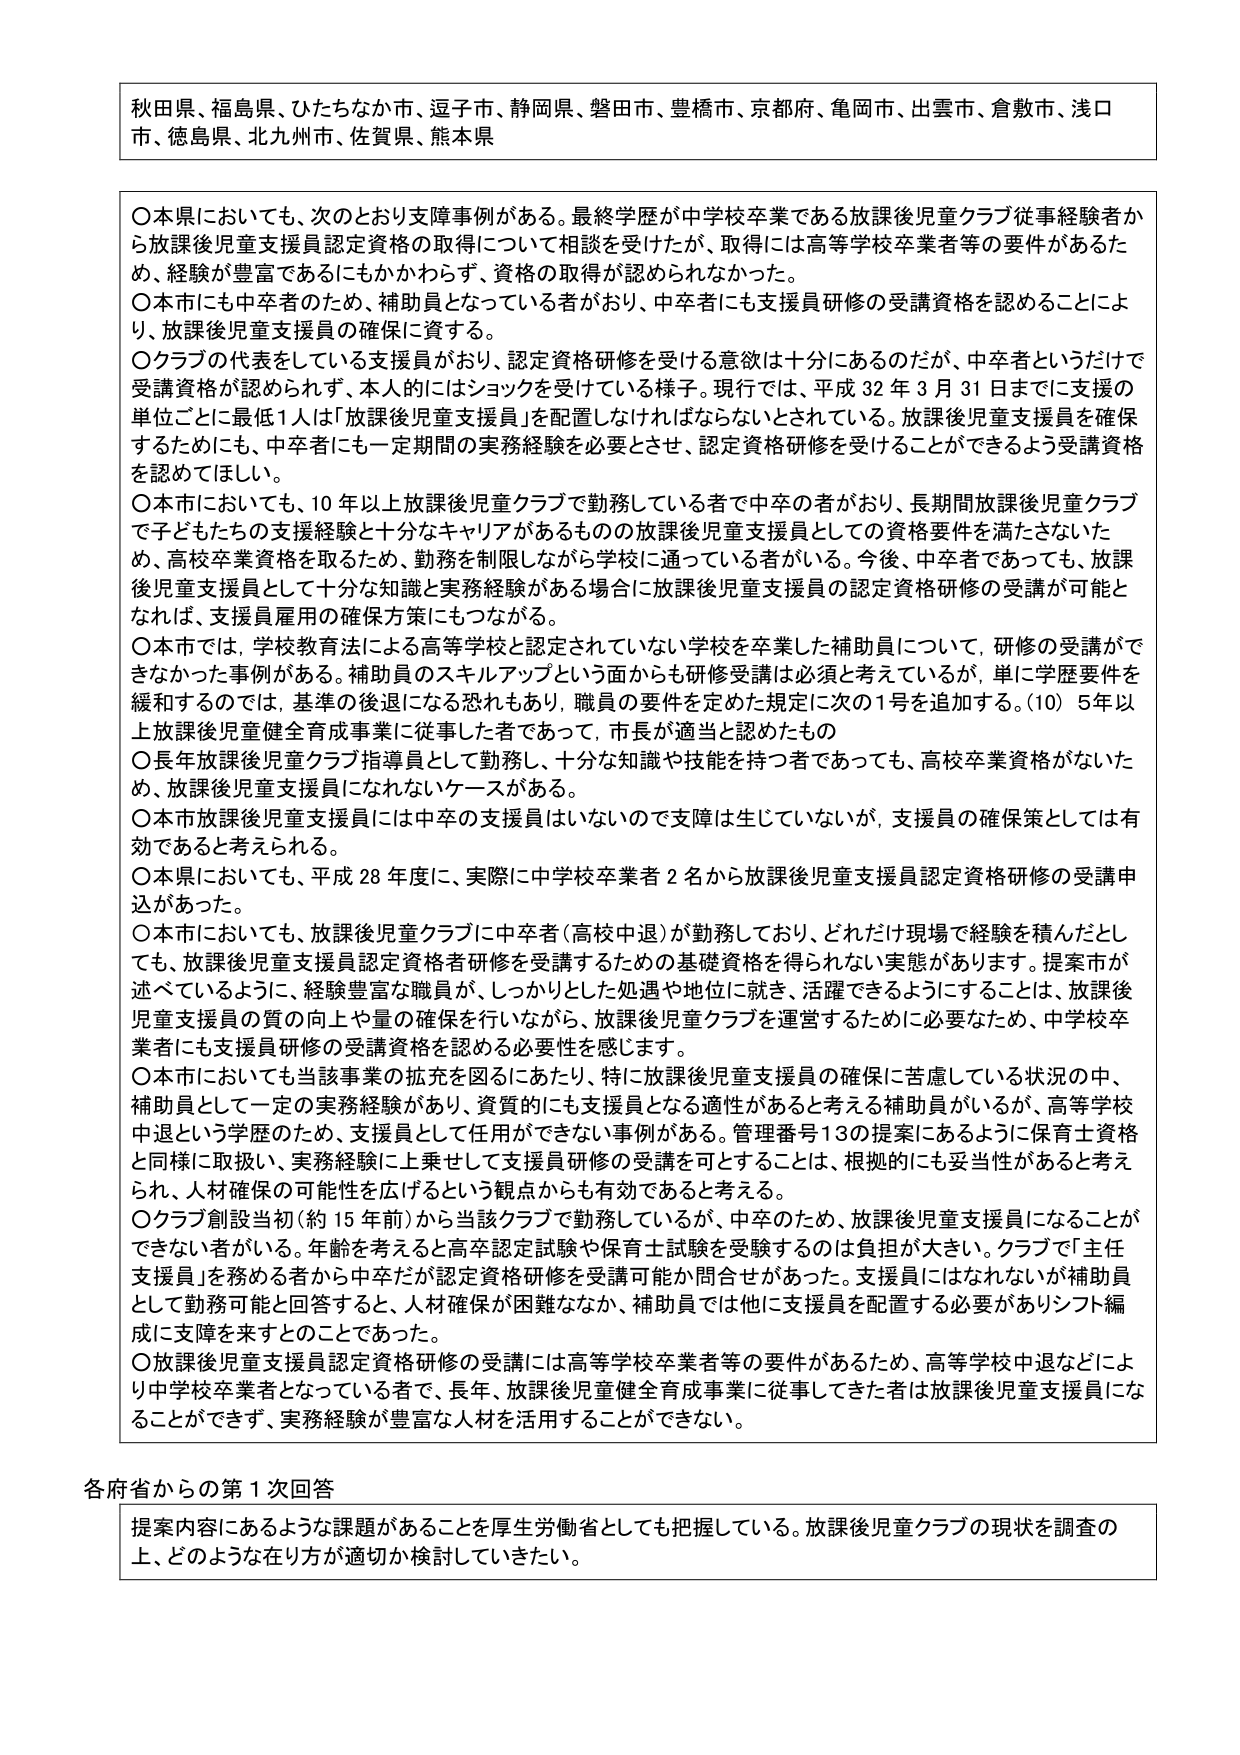
秋田県、福島県、ひたちなか市、逗子市、静岡県、磐田市、豊橋市、京都府、亀岡市、出雲市、倉敷市、浅口市、徳島県、北九州市、佐賀県、熊本県

〇本県においても、次のとおり支援事例がある。最終学歴が中学校卒業である放課後児童クラブ従事経験者から放課後児童支援員認定資格の取得について相談を受けたが、取得には高等学校卒業者等の要件があるため、経験が豊富であるにもかかわらず、資格の取得が認められなかった。
〇本市にも中卒者のため、補助員となっている者がおり、中卒者にも支援員研修の受講資格を認めることにより、放課後児童支援員の確保に資する。
〇クラブの代表をしている支援員がおり、認定資格研修を受ける意欲は十分にあるのだが、中卒者というだけで受講資格が認められず、本人的にはショックを受けている様子。現行では、平成32年3月31日までに支援の単位ごとに最低1人は「放課後児童支援員」を配置しなければならないとされている。放課後児童支援員を確保するためにも、中卒者にも一定期間の実務経験を必要とさせ、認定資格研修を受けることができるよう受講資格を認めてほしい。
〇本市においても、10年以上放課後児童クラブで勤務している者で中卒の者がおり、長期間放課後児童クラブで子どもたちの支援経験と十分なキャリアがあるものの放課後児童支援員としての資格要件を満たさないため、高校卒業資格を取るため、勤務を制限しながら学校に通っている者がいる。今後、中卒者であっても、放課後児童支援員として十分な知識と実務経験がある場合に放課後児童支援員の認定資格研修の受講が可能となれば、支援員雇用の確保方策にもつながる。
〇本市では、学校教育法による高等学校と認定されていない学校を卒業した補助員について、研修の受講ができなかった事例がある。補助員のスキルアップという面からも研修受講は必須と考えているが、単に学歴要件を緩和するのでは、基準の後退になる恐れもあり、職員の要件を定めた規定に次の1号を追加する。(10) 5年以上放課後児童健全育成事業に従事している者であって、市長が適当と認めたもの
〇長年放課後児童クラブ指導員として勤務し、十分な知識や技能を持つ者であっても、高校卒業資格がないため、放課後児童支援員になれないケースがある。
〇本市放課後児童支援員には中卒の支援員はいないので支援は生じていないが、支援員の確保策としては有効であると考えられる。
〇本県においても、平成28年度に、実際に中学校卒業者2名から放課後児童支援員認定資格研修の受講申込があった。
〇本市においても、放課後児童クラブに中卒者（高校中退）が勤務しており、どれだけ現場で経験を積んだとしても、放課後児童支援員認定資格者研修を受講するための基礎資格を得られない実態があります。提案市が述べているように、経験豊富な職員が、しっかりとした処遇や地位に就き、活躍できるようにすることは、放課後児童支援員の質の向上や量の確保を行いうながら、放課後児童クラブを運営するために必要なため、中学校卒業者にも支援員研修の受講資格を認める必要性を感じます。
〇本市においても当該事業の拡充を図るにあたり、特に放課後児童支援員の確保に苦慮している状況の中、補助員として一定の実務経験があり、資質的にも支援員となる適性があると考える補助員がいるが、高等学校中退という学歴のため、支援員として任用ができない事例がある。管理番号13の提案にあるように保育士資格と同様に取扱い、実務経験に上乗せして支援員研修の受講を可とすることは、根拠的にも妥当性があると考えられ、人材確保の可能性を広げるという観点からも有効であると考える。
〇クラブ創設当初（約15年前）から当該クラブで勤務しているが、中卒のため、放課後児童支援員になることができない者がいる。年齢を考えると高卒認定試験や保育士試験を受験するのは負担が大きい。クラブで「主任支援員」を務める者から中卒だが認定資格研修を受講可能か問合せがあった。支援員にはなれないが補助員として勤務可能と回答すると、人材確保が困難ななか、補助員では他に支援員を配置する必要がありシフト編成に支障を来すとのことであった。
〇放課後児童支援員認定資格研修の受講には高等学校卒業者等の要件があるため、高等学校中退などにより中学校卒業者となっている者で、長年、放課後児童健全育成事業に従事してきた者は放課後児童支援員になることができず、実務経験が豊富な人材を活用することができない。

各府省からの第1次回答
提案内容にあるような課題があることを厚生労働省としても把握している。放課後児童クラブの現状を調査の上、どのような在り方が適切か検討していきたい。